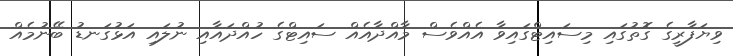
ވިޔަފާރީގެ ގޮތުގައި މިސައިޓްގައިވާ އެއްވެސް މާއްދާއެއް ސައިޓްގެ ހުއްދައާއި ނުލައި އަޅުގަނޑު ބޭނުމެއް